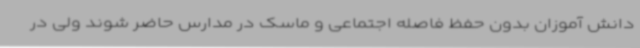
دانش آموزان بدون حفظ فاصله اجتماعی و ماسک در مدارس حاضر شوند ولی در